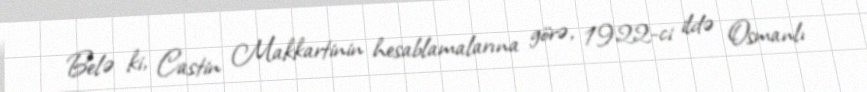
Belə ki, Castin Makkartinin hesablamalarına görə, 1922-ci ildə Osmanlı